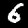
Label: 6